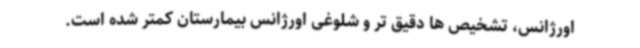
اورژانس، تشخیص ها دقیق تر و شلوغی اورژانس بیمارستان کمتر شده است.